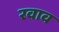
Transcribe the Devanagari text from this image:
रवाव